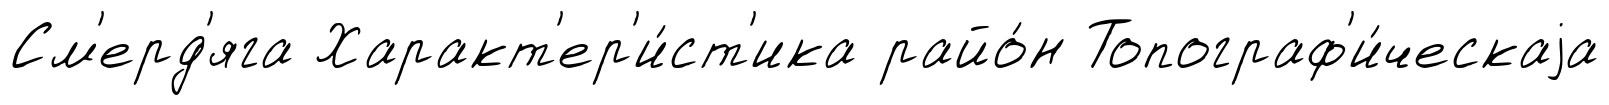
См'ерд'яга Характ'ер'и́ст'ика райо́н Топограф'и́ческаjа